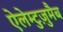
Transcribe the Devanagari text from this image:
ऐलेम्टुज़ुमैब